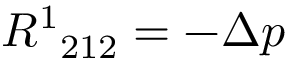
{ R ^ { 1 } } _ { 2 1 2 } = - \Delta p